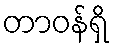
တာဝန်ရှိ